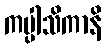
ကပ္ပါသိကာနိ